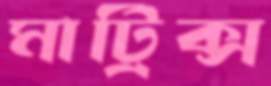
মাট্রিক্স